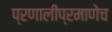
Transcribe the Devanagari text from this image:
प्रणालींप्रमाणेच